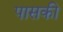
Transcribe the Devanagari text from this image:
पासकी